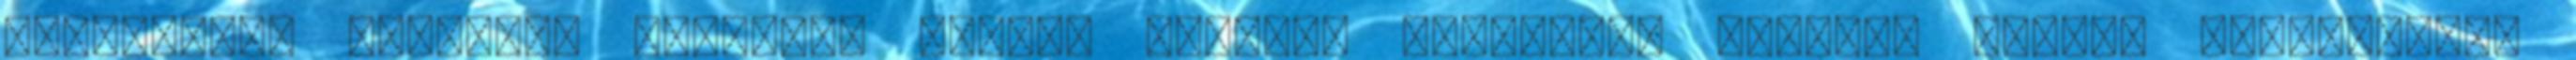
ugyanolyan fülledt, mindenki izzadt reggeli gyakorlás közben. Tovább ragozgattuk